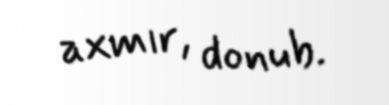
axmır, donub.